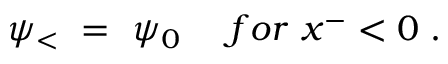
\psi _ { < } ~ = ~ \psi _ { 0 } ~ ~ ~ ~ f o r ~ x ^ { - } < 0 ~ .